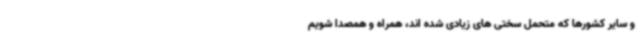
و سایر کشورها که متحمل سختی های زیادی شده اند، همراه و همصدا شویم